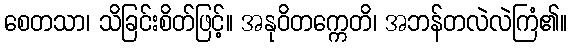
စေတသာ၊ သိခြင်းစိတ်ဖြင့်။ အနုဝိတက္ကေတိ၊ အဘန်တလဲလဲကြံ၏။